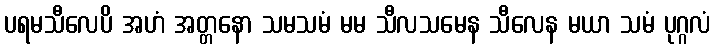
ပရမသီလေပိ အဟံ အတ္တနော သမသမံ မမ သီလသမေန သီလေန မယာ သမံ ပုဂ္ဂလံ